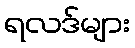
ရလဒ်များ